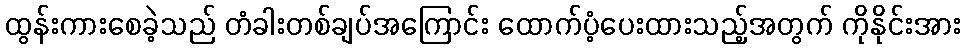
ထွန်းကားစေခဲ့သည် တံခါးတစ်ချပ်အကြောင်း ထောက်ပံ့ပေးထားသည့်အတွက် ကိုနိုင်းအား